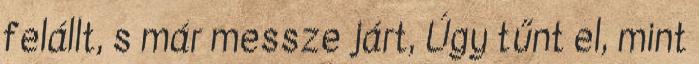
felállt, s már messze járt, Úgy tűnt el, mint